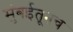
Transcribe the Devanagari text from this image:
मुंबईतूनच